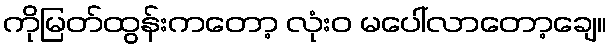
ကိုမြတ်ထွန်းကတော့ လုံးဝ မပေါ်လာတော့ချေ။